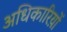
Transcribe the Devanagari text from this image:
अधिकारिय़ों